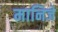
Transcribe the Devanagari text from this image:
मानिजे